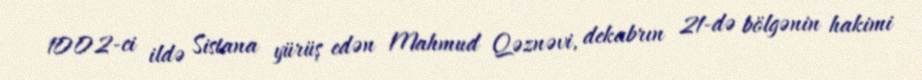
1002-ci ildə Sistana yürüş edən Mahmud Qəznəvi, dekabrın 21-də bölgənin hakimi